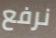
نرفع